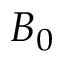
B _ { 0 }